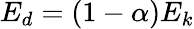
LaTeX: E_{d}=(1-\alpha)E_{k}